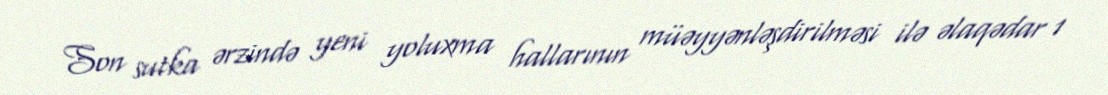
Son sutka ərzində yeni yoluxma hallarının müəyyənləşdirilməsi ilə əlaqədar 1